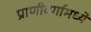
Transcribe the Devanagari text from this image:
प्राणीवर्गामध्ये